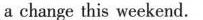
a change this weekend.